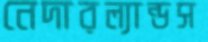
নেদারল্যান্ডস